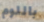
باللوم